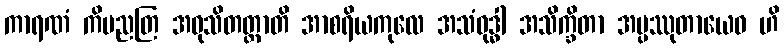
ကာရဏံ ကိမညတြ အဝုသိတတ္တာတိ အာစရိယကုလေ အသံဝုဒ္ဓါ အသိက္ခိတာ အပ္ပဿုတာယေဝ ဟိ